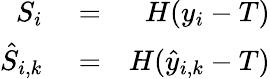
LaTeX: \begin{array}{rlr}{S_{i}}&{{}=}&{H(y_{i}-T)}\\ {\hat{S}_{i,k}}&{{}=}&{H(\hat{y}_{i,k}-T)}\end{array}